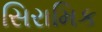
સિરામિક